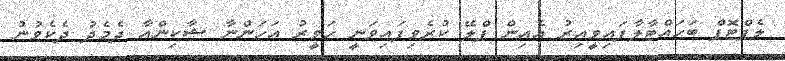
ލެޕްޓޮޕް ބަހައްޓާލާފައިވީއިރު އެއިން ޕްލޭ ކުރެވިފައިވަނީ ހަވީރު އަހަންނާ ޝާކިންއާ ދެމެދު ދެކެވުނު